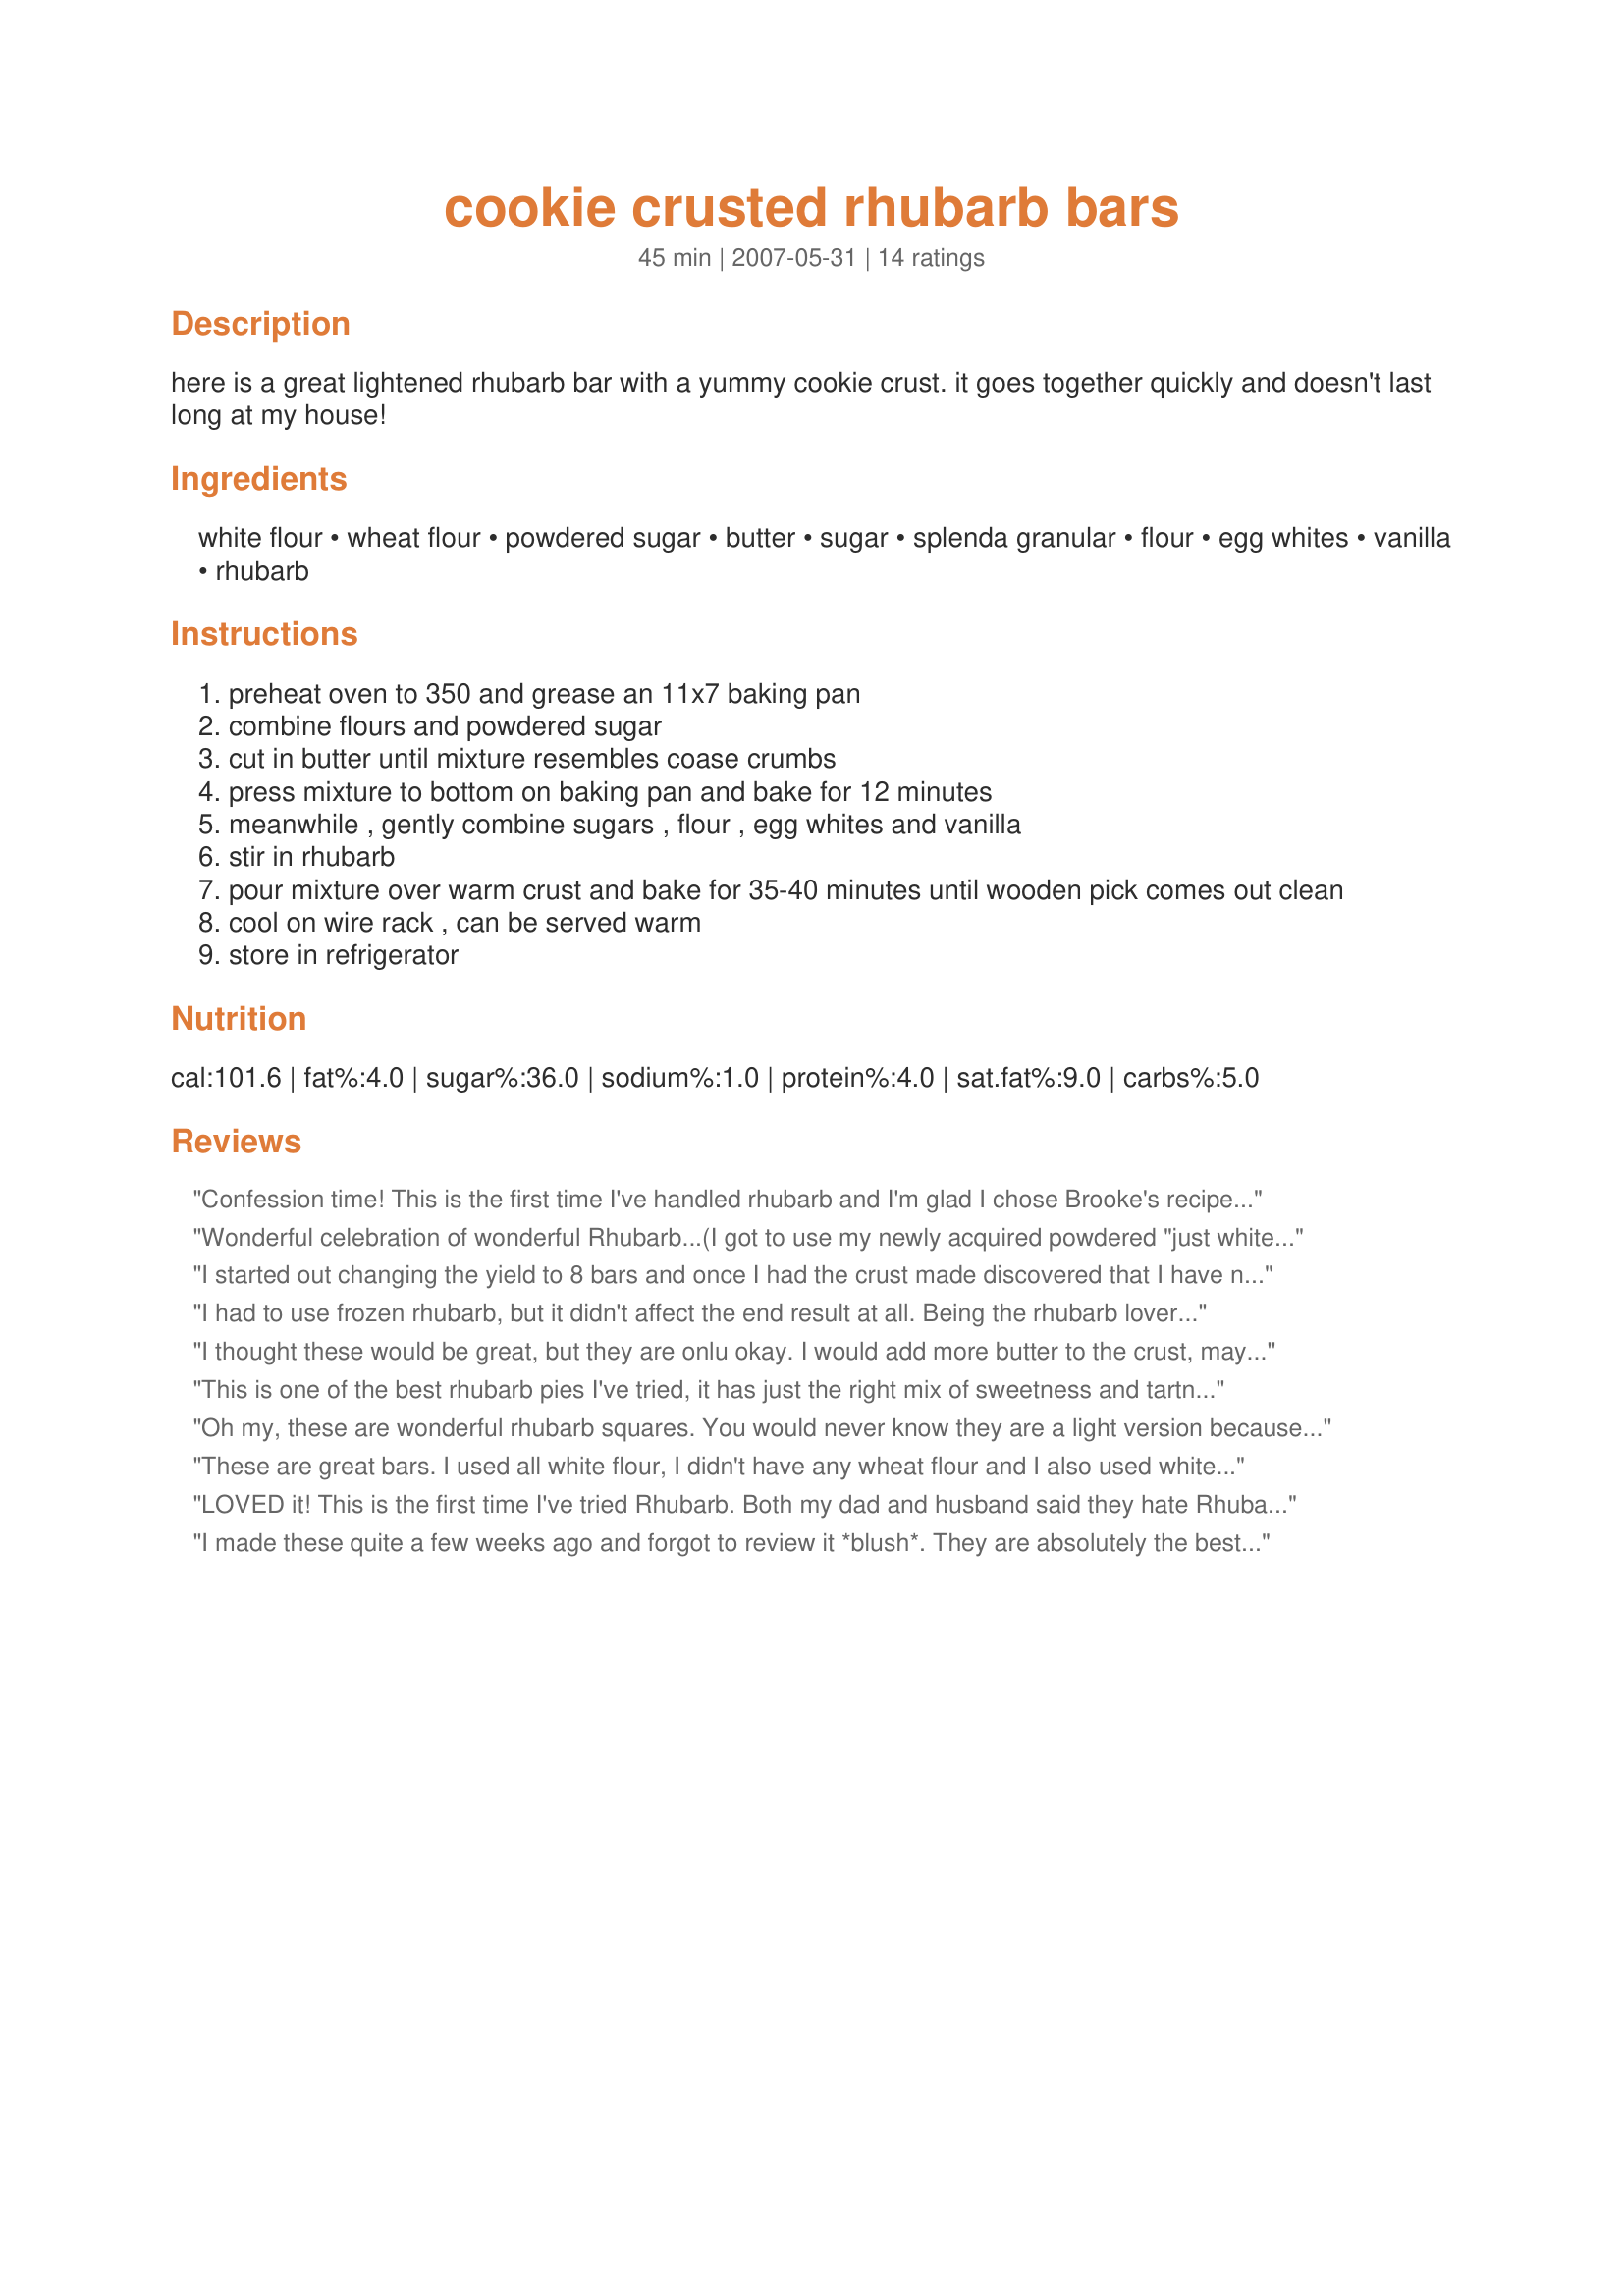
cookie crusted rhubarb bars
Preparation time: 45 minutes

here is a great lightened rhubarb bar with a yummy cookie crust. it goes together quickly and doesn't last long at my house!

Ingredients:
white flour, wheat flour, powdered sugar, butter, sugar, splenda granular, flour, egg whites, vanilla, rhubarb

Steps:
preheat oven to 350 and grease an 11x7 baking pan
combine flours and powdered sugar
cut in butter until mixture resembles coase crumbs
press mixture to bottom on baking pan and bake for 12 minutes
meanwhile , gently combine sugars , flour , egg whites and vanilla
stir in rhubarb
pour mixture over warm crust and bake for 35-40 minutes until wooden pick comes out clean
cool on wire rack , can be served warm
store in refrigerator

Reviews:
Confession time! This is the first time I've handled rhubarb and I'm glad I chose Brooke's recipe to get me started. This is quick, easy and doesn't taste at all like a "light" bar. This pan of goodies were devoured in no time. Thanks, Brooke, for helping me over my rhubarb paranoia!
Wonderful celebration of wonderful Rhubarb...(I got to use my newly acquired powdered "just whites" for the first time...very convenient for a recipe like this that calls for so many egg whites :) )...lovely, light sweet-tart bars...Thanks Brooke the Cook!! :) YUM!!@!
I started out changing the yield to 8 bars and once I had the crust made discovered that I have no pan that would equate to half of 11x7 in any shape. After a lot of searching I decided to the a 6 cup muffin pan. I pressed the crust mix in and a little way up the sides and baked for 10 mins (8 might have been better). Then spooned equal amounts of the rhubarb into the cups and added the liquid in the bowl on top of the rhubarb. I baked again for 20 mins but they were not at all brown on the top, lowered the oven to 325F and after another 10 mins pulled them out. They were still not brown on top but the crust was almost too brown. Never the less, they taste marvelous. I used all Splenda and frozen rhubarb. Yummm!
I had to use frozen rhubarb, but it didn't affect the end result at all. Being the rhubarb lover that I am, this looked like a great recipe to try, and I was totally delighted while taking my first bite! My friend and her DH had one and then went back to the pan for another. They loved them too! The rhubarb stands out and it has the greatest flavor. What a nice change! These will be made again and the next time I am going to use fresh rhubarb! Thank you for sharing your recipe with us Brooke. It's a winner! Made for Zaar Stars Tag Game 5/09 Linda
I thought these would be great, but they are onlu okay. I would add more butter to the crust, maybe two Tbsp. I like a good crust in recipes like this. That can make all the difference in the world!
This is one of the best rhubarb pies I've tried, it has just the right mix of sweetness and tartness, and it's so easy to make. Everyone I've served it to has loved it. It's important to have the right proportion between eggwhites and rhubarb, though, to achieve this, so always measure your rhubarb!
Oh my, these are wonderful rhubarb squares. You would never know they are a light version because they taste so good. I made them for a dessert tray I am taking to a party but they are all gone already so I will have to make another batch. My sister is on her way over with more rhubarb!
These are great bars. I used all white flour, I didn't have any wheat flour and I also used white and brown sugar. It worked well, the bars tasted wonderful. Thanks for sharing.
LOVED it! This is the first time I've tried Rhubarb. Both my dad and husband said they hate Rhubarb, but I made them eat a little bite and they proceeded to eat 4 bars each! Mom would have been proud.
I made these quite a few weeks ago and forgot to review it *blush*. They are absolutely the best. Forget date bars, these are better!
Made for Summer Spectacular as a bonus tag! We really enjoyed these ~ but then again, we love rhubarb. The only thing that I did different was to use all sugar as I don't general have good luck using Splenda with gluten free flours. Thanks for posting this Brooke!
OMGosh...These are fantastic! I actually hesitated making these because I thought they sounded a little on the boring side. Boy was I wrong. They are amazing. Absolutely perfect. Cannot wait for my hubby to get home so that he can try them too. ;) I am sure they will be gone in no time. Thanks for the wonderful recipe!
The crust was great but found the filling had a bitter after taste. Could be from the artificial sugar.
I have the feeling it won't last long. Cause it's really yummy. Even my son of 4 years old loved it. He took 2 bars in the afternoon. The amount of sugar is just perfect. It's not too sweet. They're not so cute cause my rhubarb is green. I'll probably have to do the recipe next week so my mom can taste them ;) Thanks Brooke :) Made for PRMR tag game
